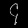
Digit: ၄